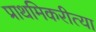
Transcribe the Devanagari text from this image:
प्राथमिकरीत्या